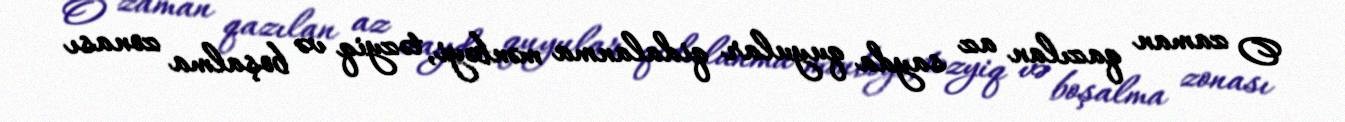
O zaman qazılan az sayda quyular qidalanma mənbəyi, təzyiq və boşalma zonası